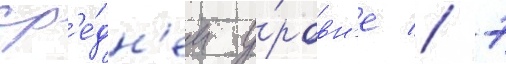
ср'е́дн'ем у́ровн'е // 7